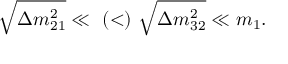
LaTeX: \sqrt { \Delta m _ { 2 1 } ^ { 2 } } \ll ~ ( < ) ~ \sqrt { \Delta m _ { 3 2 } ^ { 2 } } \ll m _ { 1 } .